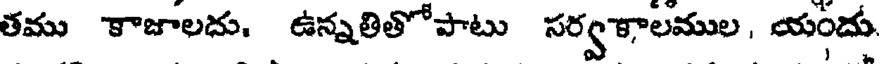
తము కాజాలదు, ఉన్నతితోపాటు సర్వకాలముల, యందు